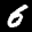
Label: 6